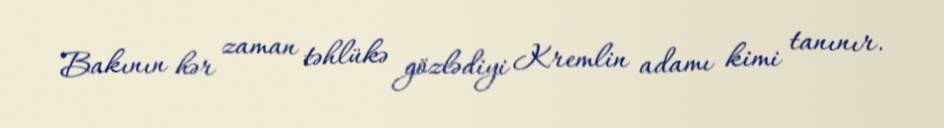
Bakının hər zaman təhlükə gözlədiyi Kremlin adamı kimi tanınır.